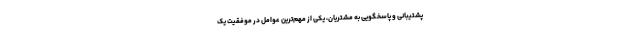
پشتیبانی و پاسخگویی به مشتریان، یکی از مهم‌ترین عوامل در موفقیت یک